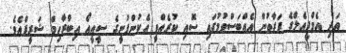
އަދި އެމްޕީއެލްގެ ފަރާތުން އެއްބަސްވުމުގައި ސޮއި ކުރެއްވީ އެކުންފުނީގެ ސީއީއޯ އިބްރާހިމް ޝަރީފްއެވެ.